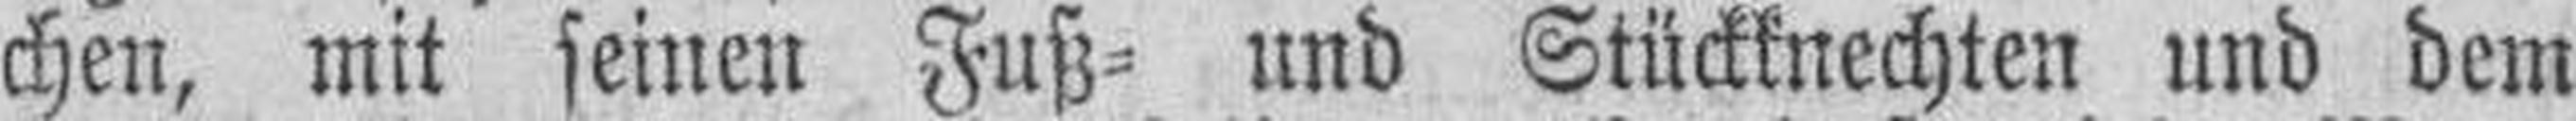
chen, mit seinen Fuß= und Stückknechten und dem